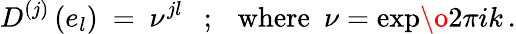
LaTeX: D^{(j)}\left(e_{l}\right)~=~\nu^{jl}~~~;{}~~~\mathrm{where}~~\nu=\mathrm{exp}{{\o{2\pi i}{k}}}\, .